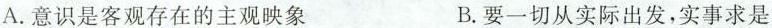
A.意识是客观存在的主观映象 B.要一切从实际出发，实事求是